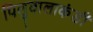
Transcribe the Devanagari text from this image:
पिलुवालाकंडी